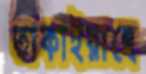
তাকাইয়াছে